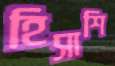
হিসাশি